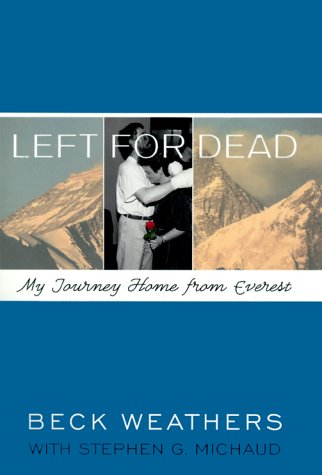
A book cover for Left for Dead: My Journey Home from Everest; Beck Weathers; Biographies & Memoirs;